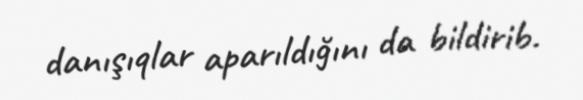
danışıqlar aparıldığını da bildirib.